Indian journal of veterinary science and animal husbandry - Volumes 22-23, 1952-1953
Year: 1952
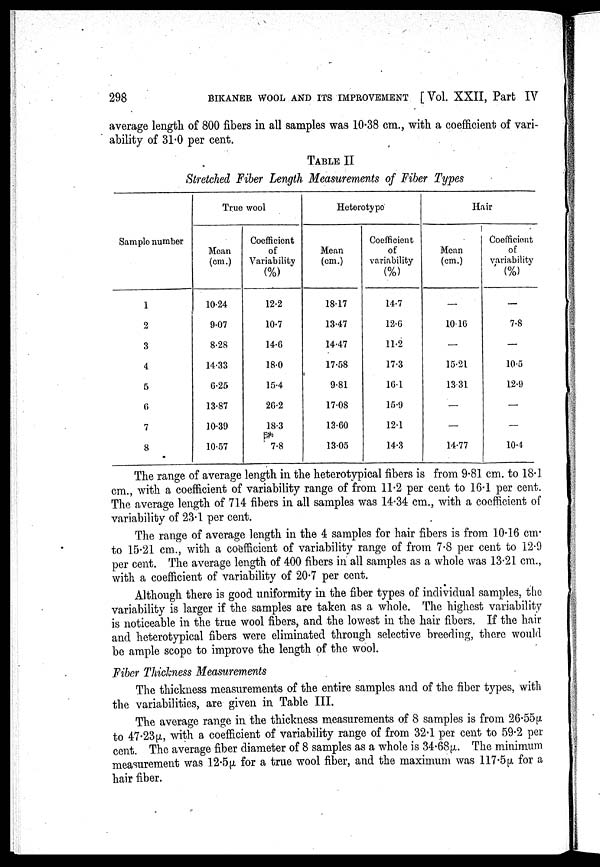
298 BIKANER WOOL AND ITS IMPROVEMENT [Vol. XXII, Part IV
average length of 800 fibers in all samples was 10.38 cm., with a coefficient of vari-
ability of 31.0 per cent.
TABLE II
Stretched Fiber Length Measurements of Fiber Types
Sample number
1
2
3
4
5
6
7
8
True wool
Mean
(cm.)
10.24
9.07
8.28
14.33
G.25
13.87
10.39
10.57
Coefficient
of
Variability
(%)
12.2
10.7
14.6
18.0
15.4
20.2
1S.3
7.8
Heterotype
Mean
(cm.)
18.17
13.47
14.47
17.58
9.81
17.08
13.60
13.05
Coefficient
of
variability
(%)
14.7
12.6
11.2
17.3
16.1
15.9
12.1
14.3
Hair
Mean
(cm.)
—
1016
—
15.21
13.31
—
—
14.77
Coefficient
of
variability
(%)
—
7.8
—
10.5
12.9
—
—
10.4
The range of average length in the heterotypical fibers is from 9.81 cm. to 18.1
cm., with a coefficient of variability range of from 11.2 per cent to 16.1 per cent.
The average length of 714 fibers in all samples was 14.34 cm., with a coefficient of
variability of 23.1 per cent.
The range of average length in the 4 samples for hair fibers is from 10.16 cm.
to 15.21 cm., with a coefficient of variability range of from 7.8 per cent to 12.9
per cent. The average length of 400 fibers in all samples as a whole was 13.21 cm.,
with a coefficient of variability of 20.7 per cent.
Although there is good uniformity in the fiber types of individual samples, the
variability is larger if the samples are taken as a whole. The highest variability
is noticeable in the true wool fibers, and the lowest in the hair fibers. If the hair
and heterotypical fibers were eliminated through selective breeding, there would
be ample scope to improve the length of the wool.
Fiber Thickness Measurements
The thickness measurements of the entire samples and of the fiber types, with
the variabilities, are given in Table III.
The average range in the thickness measurements of 8 samples is from 26.55µ
to 47.23µ, with a coefficient of variability range of from 32.1 per cent to 59.2 per
cent. The average fiber diameter of 8 samples as a whole is 34.68µ. The minimum
measurement was 12.5µ for a true wool fiber, and the maximum was 117.5µ for a
hair fiber.